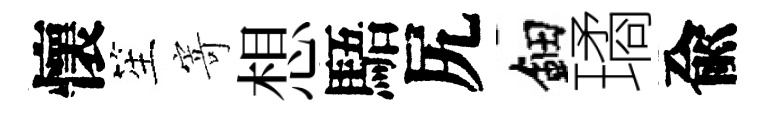
懷笙寄想䮏尻鈿璚兪